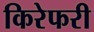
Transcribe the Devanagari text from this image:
किरेफरी